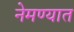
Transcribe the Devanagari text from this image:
नेमण्‍यात